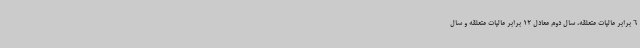
6 برابر مالیات متعلقه، سال دوم معادل 12 برابر مالیات متعلقه و سال